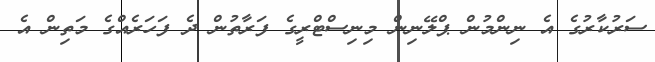
ސަރުކާރުގެ އެ ނިންމުން ޕްލޭނިން މިނިސްޓްރީގެ ފަރާތުން ދެ ފަހަރެއްގެ މަތިން އެ